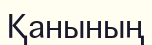
Қанының